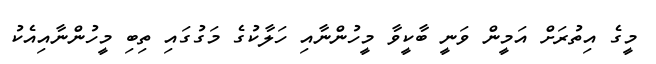
މީގެ އިތުރަށް އަމީން ވަނީ ބާކީވާ މީހުންނާއި ހަލާކުގެ މަގުގައި ތިބި މީހުންނާއިއެކު